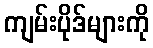
ကျမ်းပိုဒ်များကို